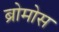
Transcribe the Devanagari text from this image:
ब्रोमोस